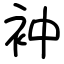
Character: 衶